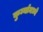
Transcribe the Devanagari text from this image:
कुर्म्यामध्ये